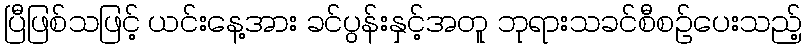
ပြီဖြစ်သဖြင့် ယင်းနေ့အား ခင်ပွန်းနှင့်အတူ ဘုရားသခင်စီစဉ်ပေးသည့်